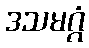
ဒသမဂ္ဂံ